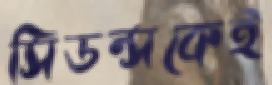
সিডন্সকেই